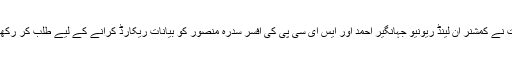
عدالت نے کمشنر ان لینڈ ریونیو جہانگیر احمد اور ایس ای سی پی کی افسر سدرہ منصور کو بیانات ریکارڈ کرانے کے لیے طلب کر رکھا تھا۔